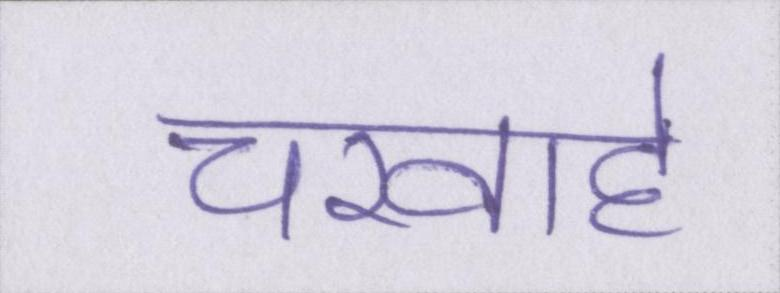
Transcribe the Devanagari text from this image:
चरवाहे